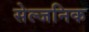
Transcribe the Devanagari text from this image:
सेल्जनिक